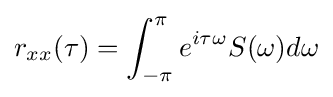
r_{xx}(\tau )=\int _{-\pi }^{\pi }e^{i\tau \omega }S(\omega )d\omega